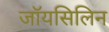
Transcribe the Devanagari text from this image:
जॉयसिलिन